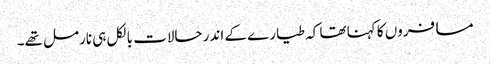
مسافروں کا کہنا تھا کہ طیارے کے اندر حالات بالکل ہی نارمل تھے۔